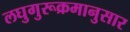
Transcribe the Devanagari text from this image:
लघुगुरूक्रमानुसार